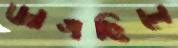
জাগছিলে